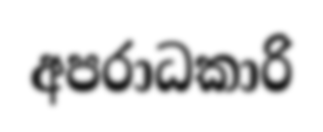
අපරාධකාරි